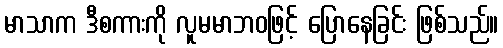
မာသာက ဒီစကားကို လူမမာဘဝဖြင့် ပြောနေခြင်း ဖြစ်သည်။